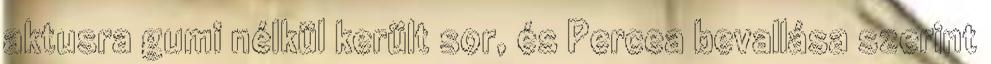
aktusra gumi nélkül került sor, és Percea bevallása szerint